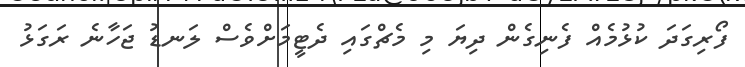
ފޯރިގަދަ ކުޅުމެއް ފެނިގެން ދިޔަ މި މެޗްގައި ދެޓީމަށްވެސް ލަނޑު ޖަހާނެ ރަގަޅު